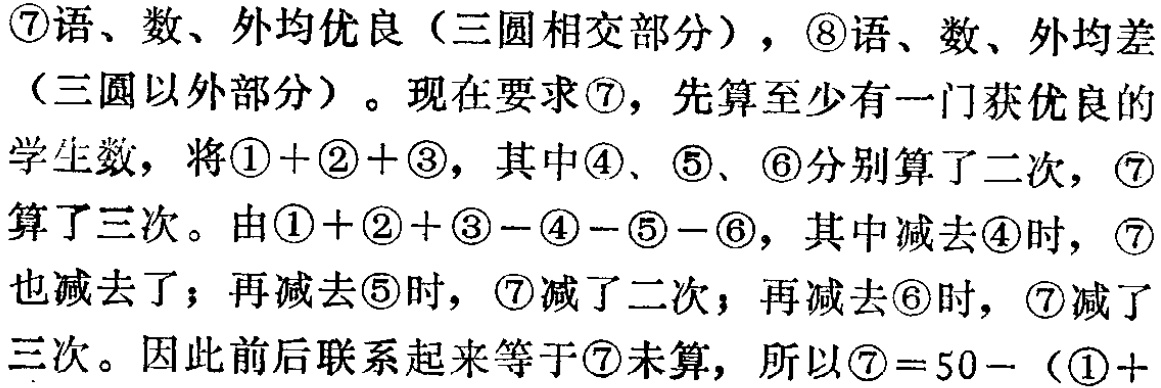
\textcircled{7}语、数、外均优良（三圆相交部分），\textcircled{8}语、数、外均差（三圆以外部分）。现在要求\textcircled{7}，先算至少有一门获优良的学生数，将\textcircled{1}+\textcircled{2}+\textcircled{3}，其中\textcircled{4}、\textcircled{5}、\textcircled{6}分别算了二次，\textcircled{7}算了三次。由\textcircled{1}+\textcircled{2}+\textcircled{3}−\textcircled{4}−\textcircled{5}−\textcircled{6}，其中减去\textcircled{4}时，\textcircled{7}也减去了；再减去\textcircled{5}时，\textcircled{7}减了二次；再减去\textcircled{6}时，\textcircled{7}减了三次。因此前后联系起来等于\textcircled{7}未算，所以\textcircled{7}=50−（\textcircled{1}+